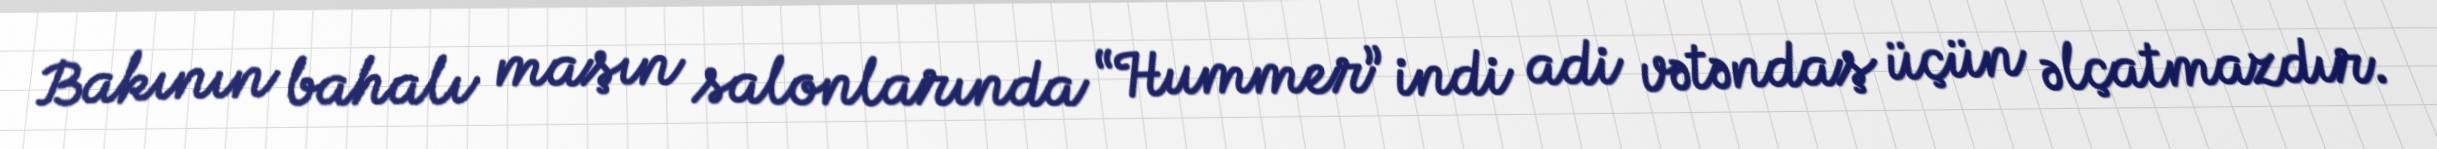
Bakının bahalı maşın salonlarında “Hummer” indi adi vətəndaş üçün əlçatmazdır.